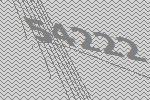
54222